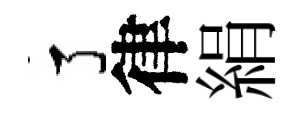
了律絹